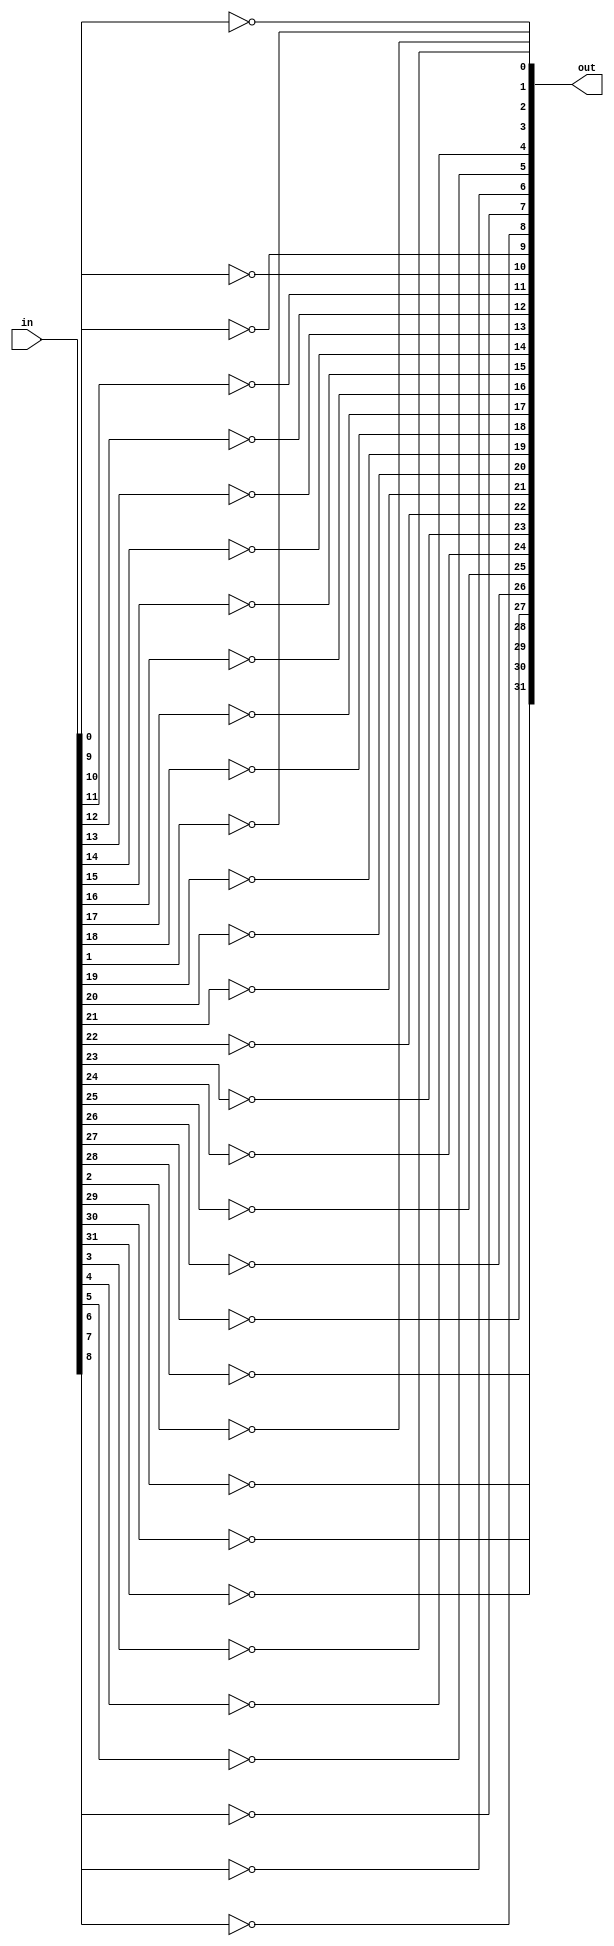
module notGate(out, in);
        
    input [31:0] in;
    output [31:0] out;

    not NOT1(out[0], in[0]);
    not NOT2(out[1], in[1]);
    not NOT3(out[2], in[2]);
    not NOT4(out[3], in[3]);
    not NOT5(out[4], in[4]);
    not NOT6(out[5], in[5]);
    not NOT7(out[6], in[6]);
    not NOT8(out[7], in[7]);
    not NOT9(out[8], in[8]);
    not NOT10(out[9], in[9]);
    not NOT11(out[10], in[10]);
    not NOT12(out[11], in[11]);
    not NOT13(out[12], in[12]);
    not NOT14(out[13], in[13]);
    not NOT15(out[14], in[14]);
    not NOT16(out[15], in[15]);
    not NOT17(out[16], in[16]);
    not NOT18(out[17], in[17]);
    not NOT19(out[18], in[18]);
    not NOT20(out[19], in[19]);
    not NOT21(out[20], in[20]);
    not NOT22(out[21], in[21]);
    not NOT23(out[22], in[22]);
    not NOT24(out[23], in[23]);
    not NOT25(out[24], in[24]);
    not NOT26(out[25], in[25]);
    not NOT27(out[26], in[26]);
    not NOT28(out[27], in[27]);
    not NOT29(out[28], in[28]);
    not NOT30(out[29], in[29]);
    not NOT31(out[30], in[30]);
    not NOT32(out[31], in[31]);


endmodule